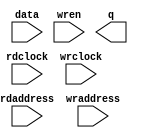
module pd_bbox_mask_ram (
	data,
	rdaddress,
	rdclock,
	wraddress,
	wrclock,
	wren,
	q);

	input	[0:0]  data;
	input	[18:0]  rdaddress;
	input	  rdclock;
	input	[18:0]  wraddress;
	input	  wrclock;
	input	  wren;
	output	[0:0]  q;
`ifndef ALTERA_RESERVED_QIS
// synopsys translate_off
`endif
	tri1	  wrclock;
	tri0	  wren;
`ifndef ALTERA_RESERVED_QIS
// synopsys translate_on
`endif

endmodule